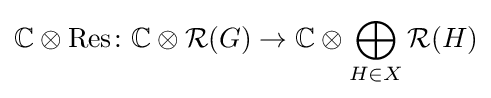
\mathbb {C} \otimes {\text{Res}}\colon \mathbb {C} \otimes {\mathcal {R}}(G)\to \mathbb {C} \otimes \bigoplus _{H\in X}{\mathcal {R}}(H)